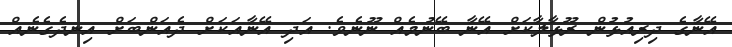
އޭނާގެ ދިރިއުޅުން ރޫޅާލާކަށް އޭނާ ބޭނުމެއް ނޫނެވެ. އަދި އޭނާއަކަށް ދެއަންބަށް އިނދެގެނެއް